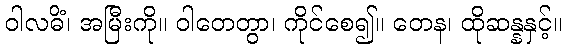
ဝါလဓိံ၊ အမြီးကို။ ဝါတေတွာ၊ ကိုင်စေ၍။ တေန၊ ထိုဆန္နနှင့်။